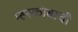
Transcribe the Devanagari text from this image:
म्ह्स्कोबाची